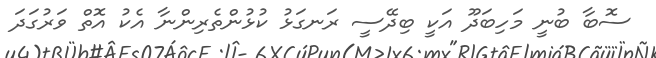
ސޮބާ ބުނީ މަހިބަދޫ އަކީ ބިދޭސީ ރަނގަޅު ކުޅުންތެރިންނާ އެކު އޮތް ވަރުގަދަ